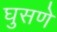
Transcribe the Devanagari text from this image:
घुसणे